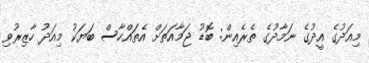
މިއަދުގެ އީދުގެ ނަމާދުގެ ތެރެއިން: ބޮޑު ޖަމާއަތަށް އެތައްހާސް ބަޔަކު މިއަދު ހާޒިރުވި